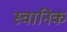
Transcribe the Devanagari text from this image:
स्वानिक